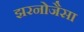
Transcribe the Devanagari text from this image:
झरनोजैसा